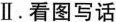
Ⅱ.看图写话